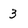
Character: 3